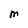
Character: M